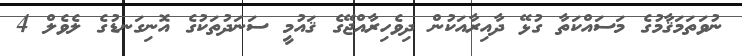
ނުވަތަމަޤާމުގެ މަސައްކަތާ ގުޅޭ ދާއިރާއަކުން ދިވެހިރާއްޖޭގެ ޤައުމީ ސަނަދުތަކުގެ އޮނިގަނޑުގެ ލެވެލް 4